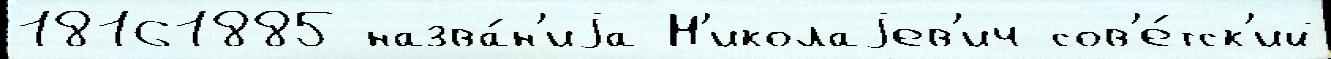
18161885 назва́н'иjа Н'иколаjев'ич сов'е́тск'ий